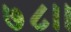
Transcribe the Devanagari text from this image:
७८।।